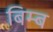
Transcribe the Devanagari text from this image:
बिम्‍ब